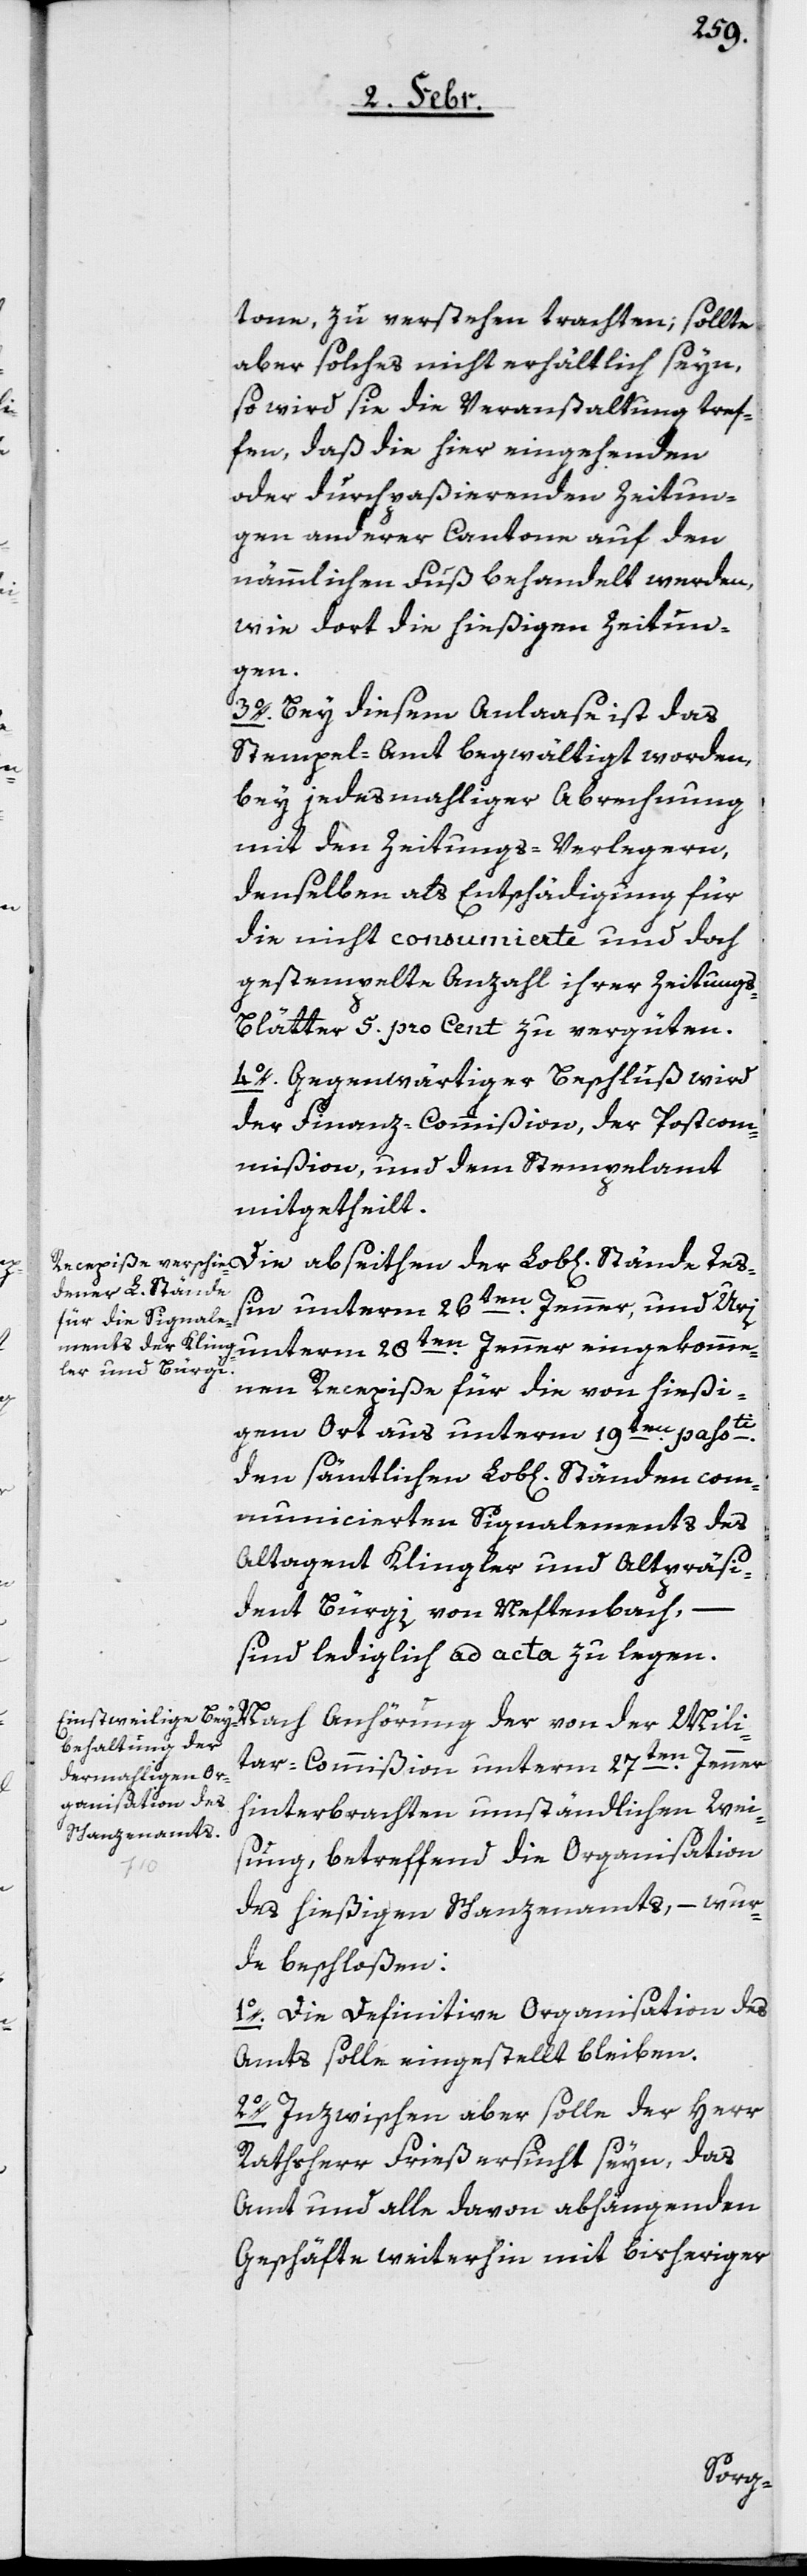
tone, zu verstehen trachten; sollte
aber solches nicht erhältlich seyn,
so wird sie die Veranstaltung tref¬
fen, daß die hier eingehenden
oder durchpaßierenden Zeitun¬
gen anderer Cantone auf den
nämmlichen Fuß behandelt werden,
wie dort die hießigen Zeitun¬
gen.
Bey diesem Anlaase ist das
Stempel-Amt begwältigt worden,
bey jedesmahliger Abrechnung
mit den Zeitungs-Verlegern,
denselben als Entschädigung für
die nicht consumierte und doch
gestempelte Anzahl ihrer Zeitung¬
s-Blätter 5. pro Cent zu vergüten.
4o.) Gegenwärtiger Beschluß wird
der Finanz-Commißion, der Postcom¬
mißion, und dem Stempelamt
mitgetheilt.
Die abseithen der Lob[lichen] Stände Teß¬
in unterm 26ten. Jenner, und Uri
unterm 28ten. Jenner eingekomme¬
ne Recepiße für die von hießi¬
gem Ort aus unterm 19ten. passti.
den sämtlichen Lob[lichen] Ständen com¬
municierten Signalements des
Altagent Klingler und Altpräsi¬
dent Bürgi von Neftenbach,
sind lediglich ad acta zu legen.
Nach Anhörung der von der Mili¬
tar-Commißion unterm 27ten. Jenner
hinterbrachten umständlichen Wei¬
sung, betreffend die Organisation
des hießigen Schanzenamts, – wur¬
de beschloßen:
1o. Die Definitive Organisation des
Amts solle eingestellt bleiben.
2o. Inzwischen aber solle der Herr
Rathsherr Frieß ersucht seyn, das
Amt und alle davon abhängenden
Geschäfte weiterhin mit bisheriger